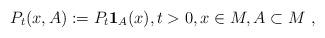
LaTeX: \begin{align*}P_t(x,A):=P_t\mathbf{1}_A(x), t>0,x\in M,A\subset M\ ,\end{align*}